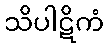
သိပါဋိကံ